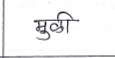
मजकूर: मुळी